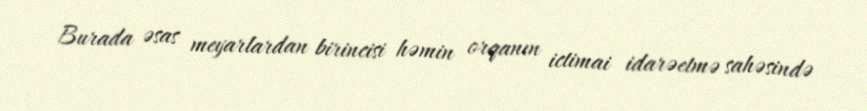
Burada əsas meyarlardan birincisi həmin orqanın ictimai idarəetmə sahəsində